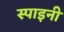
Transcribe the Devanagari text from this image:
स्पाइनी